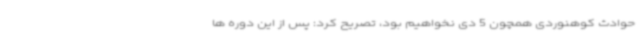
حوادث کوهنوردی همچون 5 دی نخواهیم بود، تصریح کرد: پس از این دوره ها